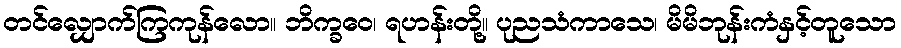
တင်လျှောက်ကြကုန်လော။ ဘိက္ခဝေ၊ ရဟန်းတို့။ ပုညသံကာသေ၊ မိမိဘုန်းကံနှင့်တူသော